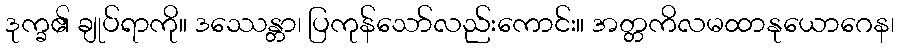
ဒုက္ခ၏ ချုပ်ရာကို။ ဒဿေန္တာ၊ ပြကုန်သော်လည်းကောင်း။ အတ္တကိလမထာနုယောဂေန၊